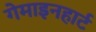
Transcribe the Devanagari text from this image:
गेमाइनहार्ट